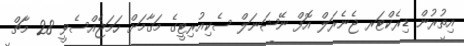
އިތުރުން ޑިރެކްޓަރ ޖެނެރަލް އޮފް ނޭޝަނަލް ސެކިއުރިޓީގެ މަޤާމަށް ހަމަޖެއްސެވީ 28 މާޗް